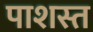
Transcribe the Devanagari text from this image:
पाशस्त